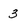
Character: 3